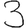
Digit: 3